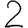
Digit: 2